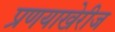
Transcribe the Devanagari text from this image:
प्रणयाखेरीज